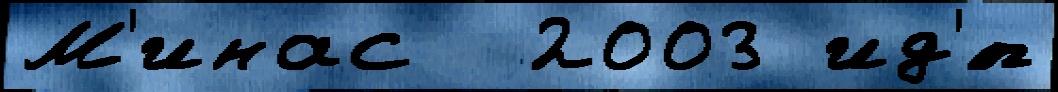
М'инас  2003 ид'́т